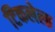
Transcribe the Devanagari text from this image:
टिकलेला